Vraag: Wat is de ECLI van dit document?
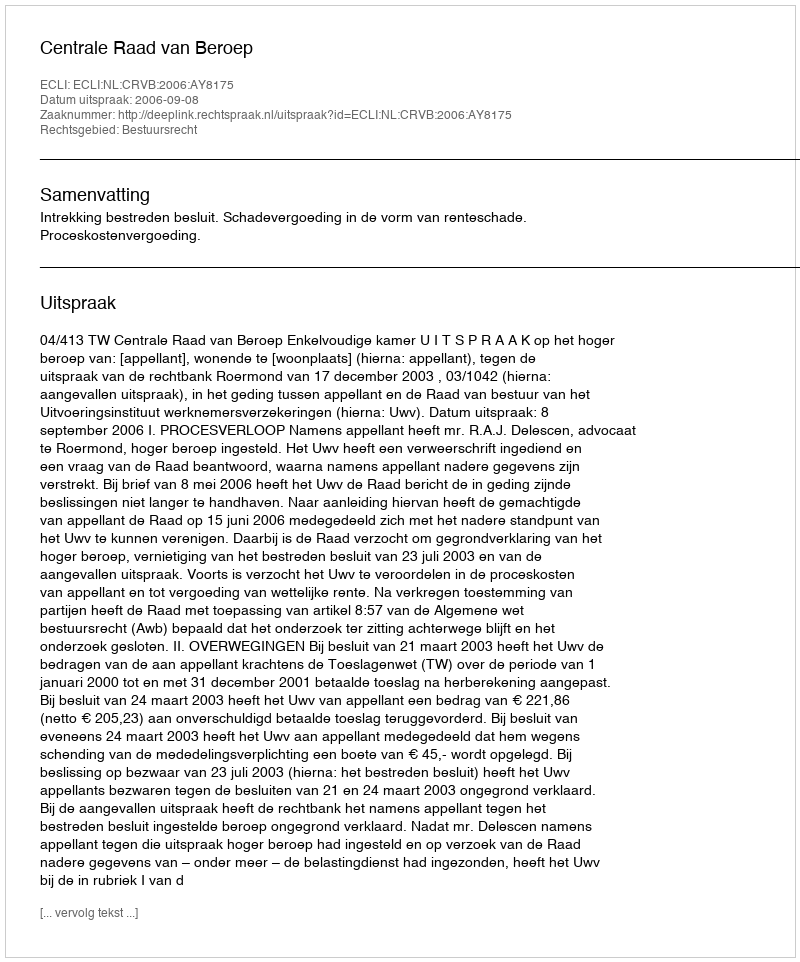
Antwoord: ECLI:NL:CRVB:2006:AY8175